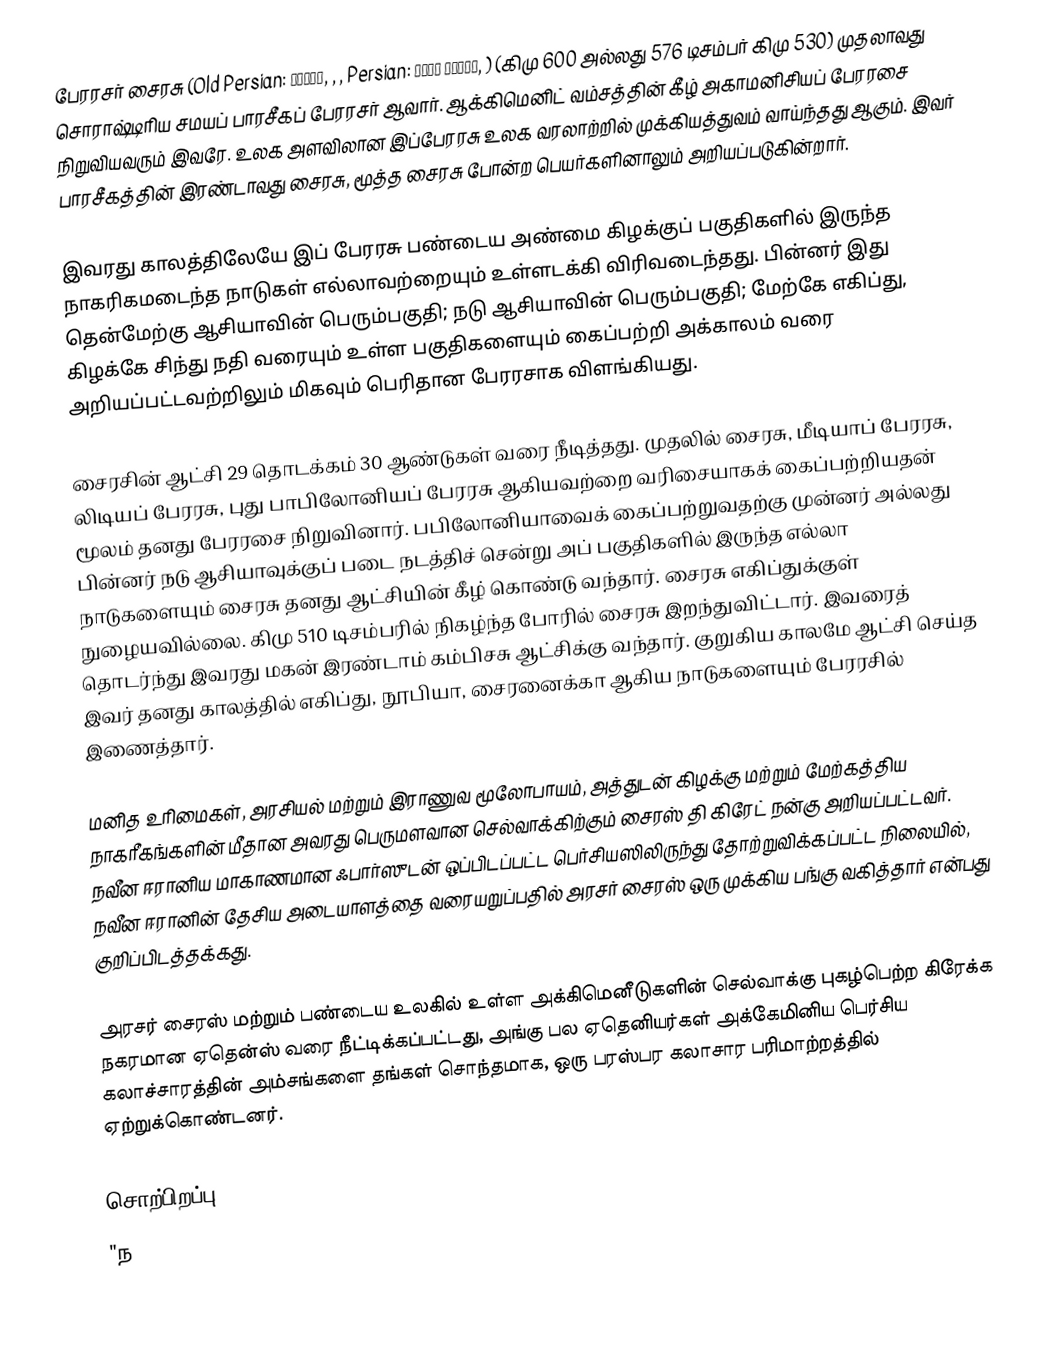
பேரரசர் சைரசு (Old Persian: 𐎤𐎢𐎽𐎢𐏁, , , Persian: کوروش بزرگ, ) (கிமு 600 அல்லது 576 டிசம்பர் கிமு 530) முதலாவது சொராஷ்டிரிய சமயப் பாரசீகப் பேரரசர் ஆவார். ஆக்கிமெனிட் வம்சத்தின் கீழ் அகாமனிசியப் பேரரசை  நிறுவியவரும் இவரே. உலக அளவிலான இப்பேரரசு உலக வரலாற்றில் முக்கியத்துவம் வாய்ந்தது ஆகும். இவர் பாரசீகத்தின் இரண்டாவது சைரசு, மூத்த சைரசு போன்ற பெயர்களினாலும் அறியப்படுகின்றார்.

இவரது காலத்திலேயே இப் பேரரசு பண்டைய அண்மை கிழக்குப் பகுதிகளில் இருந்த நாகரிகமடைந்த நாடுகள் எல்லாவற்றையும் உள்ளடக்கி விரிவடைந்தது. பின்னர் இது தென்மேற்கு ஆசியாவின் பெரும்பகுதி; நடு ஆசியாவின் பெரும்பகுதி; மேற்கே எகிப்து, கிழக்கே சிந்து நதி வரையும் உள்ள பகுதிகளையும் கைப்பற்றி அக்காலம் வரை அறியப்பட்டவற்றிலும் மிகவும் பெரிதான பேரரசாக விளங்கியது.

சைரசின் ஆட்சி 29 தொடக்கம் 30 ஆண்டுகள் வரை நீடித்தது. முதலில் சைரசு, மீடியாப் பேரரசு, லிடியப் பேரரசு, புது பாபிலோனியப் பேரரசு ஆகியவற்றை வரிசையாகக் கைப்பற்றியதன் மூலம் தனது பேரரசை நிறுவினார். பபிலோனியாவைக் கைப்பற்றுவதற்கு முன்னர் அல்லது பின்னர் நடு ஆசியாவுக்குப் படை நடத்திச் சென்று அப் பகுதிகளில் இருந்த எல்லா நாடுகளையும் சைரசு தனது ஆட்சியின் கீழ் கொண்டு வந்தார். சைரசு எகிப்துக்குள் நுழையவில்லை. கிமு 510 டிசம்பரில் நிகழ்ந்த போரில் சைரசு இறந்துவிட்டார். இவரைத் தொடர்ந்து இவரது மகன் இரண்டாம் கம்பிசசு ஆட்சிக்கு வந்தார். குறுகிய காலமே ஆட்சி செய்த இவர் தனது காலத்தில் எகிப்து, நூபியா, சைரனைக்கா ஆகிய நாடுகளையும் பேரரசில் இணைத்தார்.

மனித உரிமைகள், அரசியல் மற்றும் இராணுவ மூலோபாயம், அத்துடன் கிழக்கு மற்றும் மேற்கத்திய நாகரீகங்களின் மீதான அவரது பெருமளவான செல்வாக்கிற்கும்  சைரஸ் தி கிரேட் நன்கு அறியப்பட்டவர். நவீன ஈரானிய மாகாணமான ஃபார்ஸுடன் ஒப்பிடப்பட்ட பெர்சியஸிலிருந்து தோற்றுவிக்கப்பட்ட நிலையில், நவீன ஈரானின் தேசிய அடையாளத்தை வரையறுப்பதில் அரசர் சைரஸ் ஒரு முக்கிய பங்கு வகித்தார் என்பது குறிப்பிடத்தக்கது.

அரசர் சைரஸ் மற்றும் பண்டைய உலகில் உள்ள அக்கிமெனீடுகளின் செல்வாக்கு புகழ்பெற்ற கிரேக்க நகரமான ஏதென்ஸ் வரை நீட்டிக்கப்பட்டது, அங்கு பல ஏதெனியர்கள் அக்கேமினிய பெர்சிய கலாச்சாரத்தின் அம்சங்களை தங்கள் சொந்தமாக, ஒரு பரஸ்பர கலாசார பரிமாற்றத்தில் ஏற்றுக்கொண்டனர்.

சொற்பிறப்பு
"ந